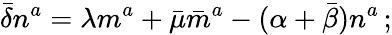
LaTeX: {\bar{\delta}}n^{a}=\lambda m^{a}+{\bar{\mu}}{\bar{m}}^{a}-(\alpha+{\bar{\beta}})n^{a}\, ;